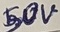
Text: 50V